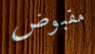
مقبوض